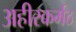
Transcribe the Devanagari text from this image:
अहीरकर्मठ